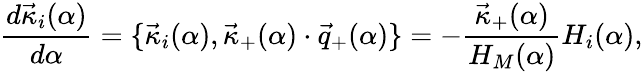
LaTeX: {\frac{d{\vec{\kappa}}_{i}(\alpha)}{d\alpha}}=\{ {\vec{\kappa}}_{i}(\alpha),{\vec{\kappa}}_{+}(\alpha)\cdot{\vec{q}}_{+}(\alpha)\} =-{\frac{{\vec{\kappa}}_{+}(\alpha)}{H_{M}(\alpha)}}H_{i}(\alpha),